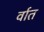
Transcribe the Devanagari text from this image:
र्वात